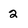
Character: 2